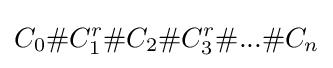
C_{0}\#C_{1}^{r}\#C_{2}\#C_{3}^{r}\#...\#C_{n}